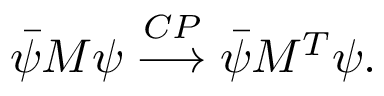
\bar { \psi } M \psi \stackrel { C P } { \longrightarrow } \bar { \psi } M ^ { T } \psi .